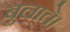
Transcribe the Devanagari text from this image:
बुलाते।